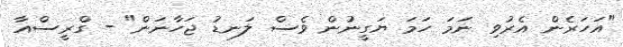
"އަހަރެން އެރުވި ނަމަ ހަމަ ޔަގީނުން ވެސް ލަނޑު ޖަހާނަން" - ގްރީސްއާ